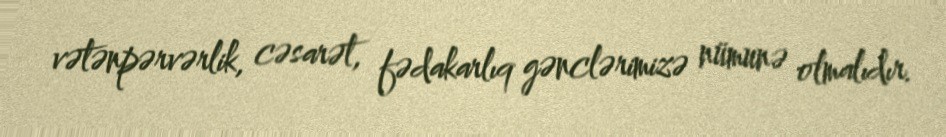
vətənpərvərlik, cəsarət, fədakarlıq gənclərimizə nümunə olmalıdır.